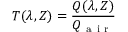
T ( \lambda , Z ) = \frac { Q ( \lambda , Z ) } { Q _ { \mathrm { ~ a ~ i ~ r ~ } } }